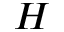
H